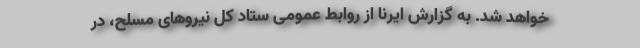
خواهد شد. به گزارش ایرنا از روابط عمومی ستاد کل نیروهای مسلح، در